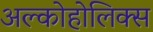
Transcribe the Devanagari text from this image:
अल्कोहोलिक्स